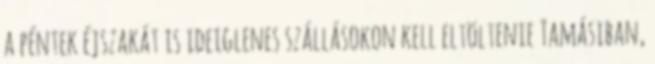
a péntek éjszakát is ideiglenes szállásokon kell eltöltenie Tamásiban,